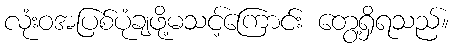
လုံးဝအပြစ်ပုံချဖို့မသင့်ကြောင်း တွေ့ရှိရသည်။